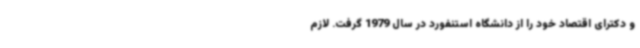
و دکترای اقتصاد خود را از دانشگاه استنفورد در سال 1979 گرفت. لازم